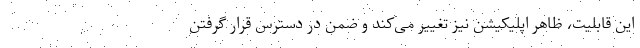
این قابلیت، ظاهر اپلیکیشن نیز تغییر می‌کند و ضمن در دسترس قرار گرفتن